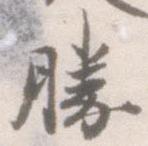
勝